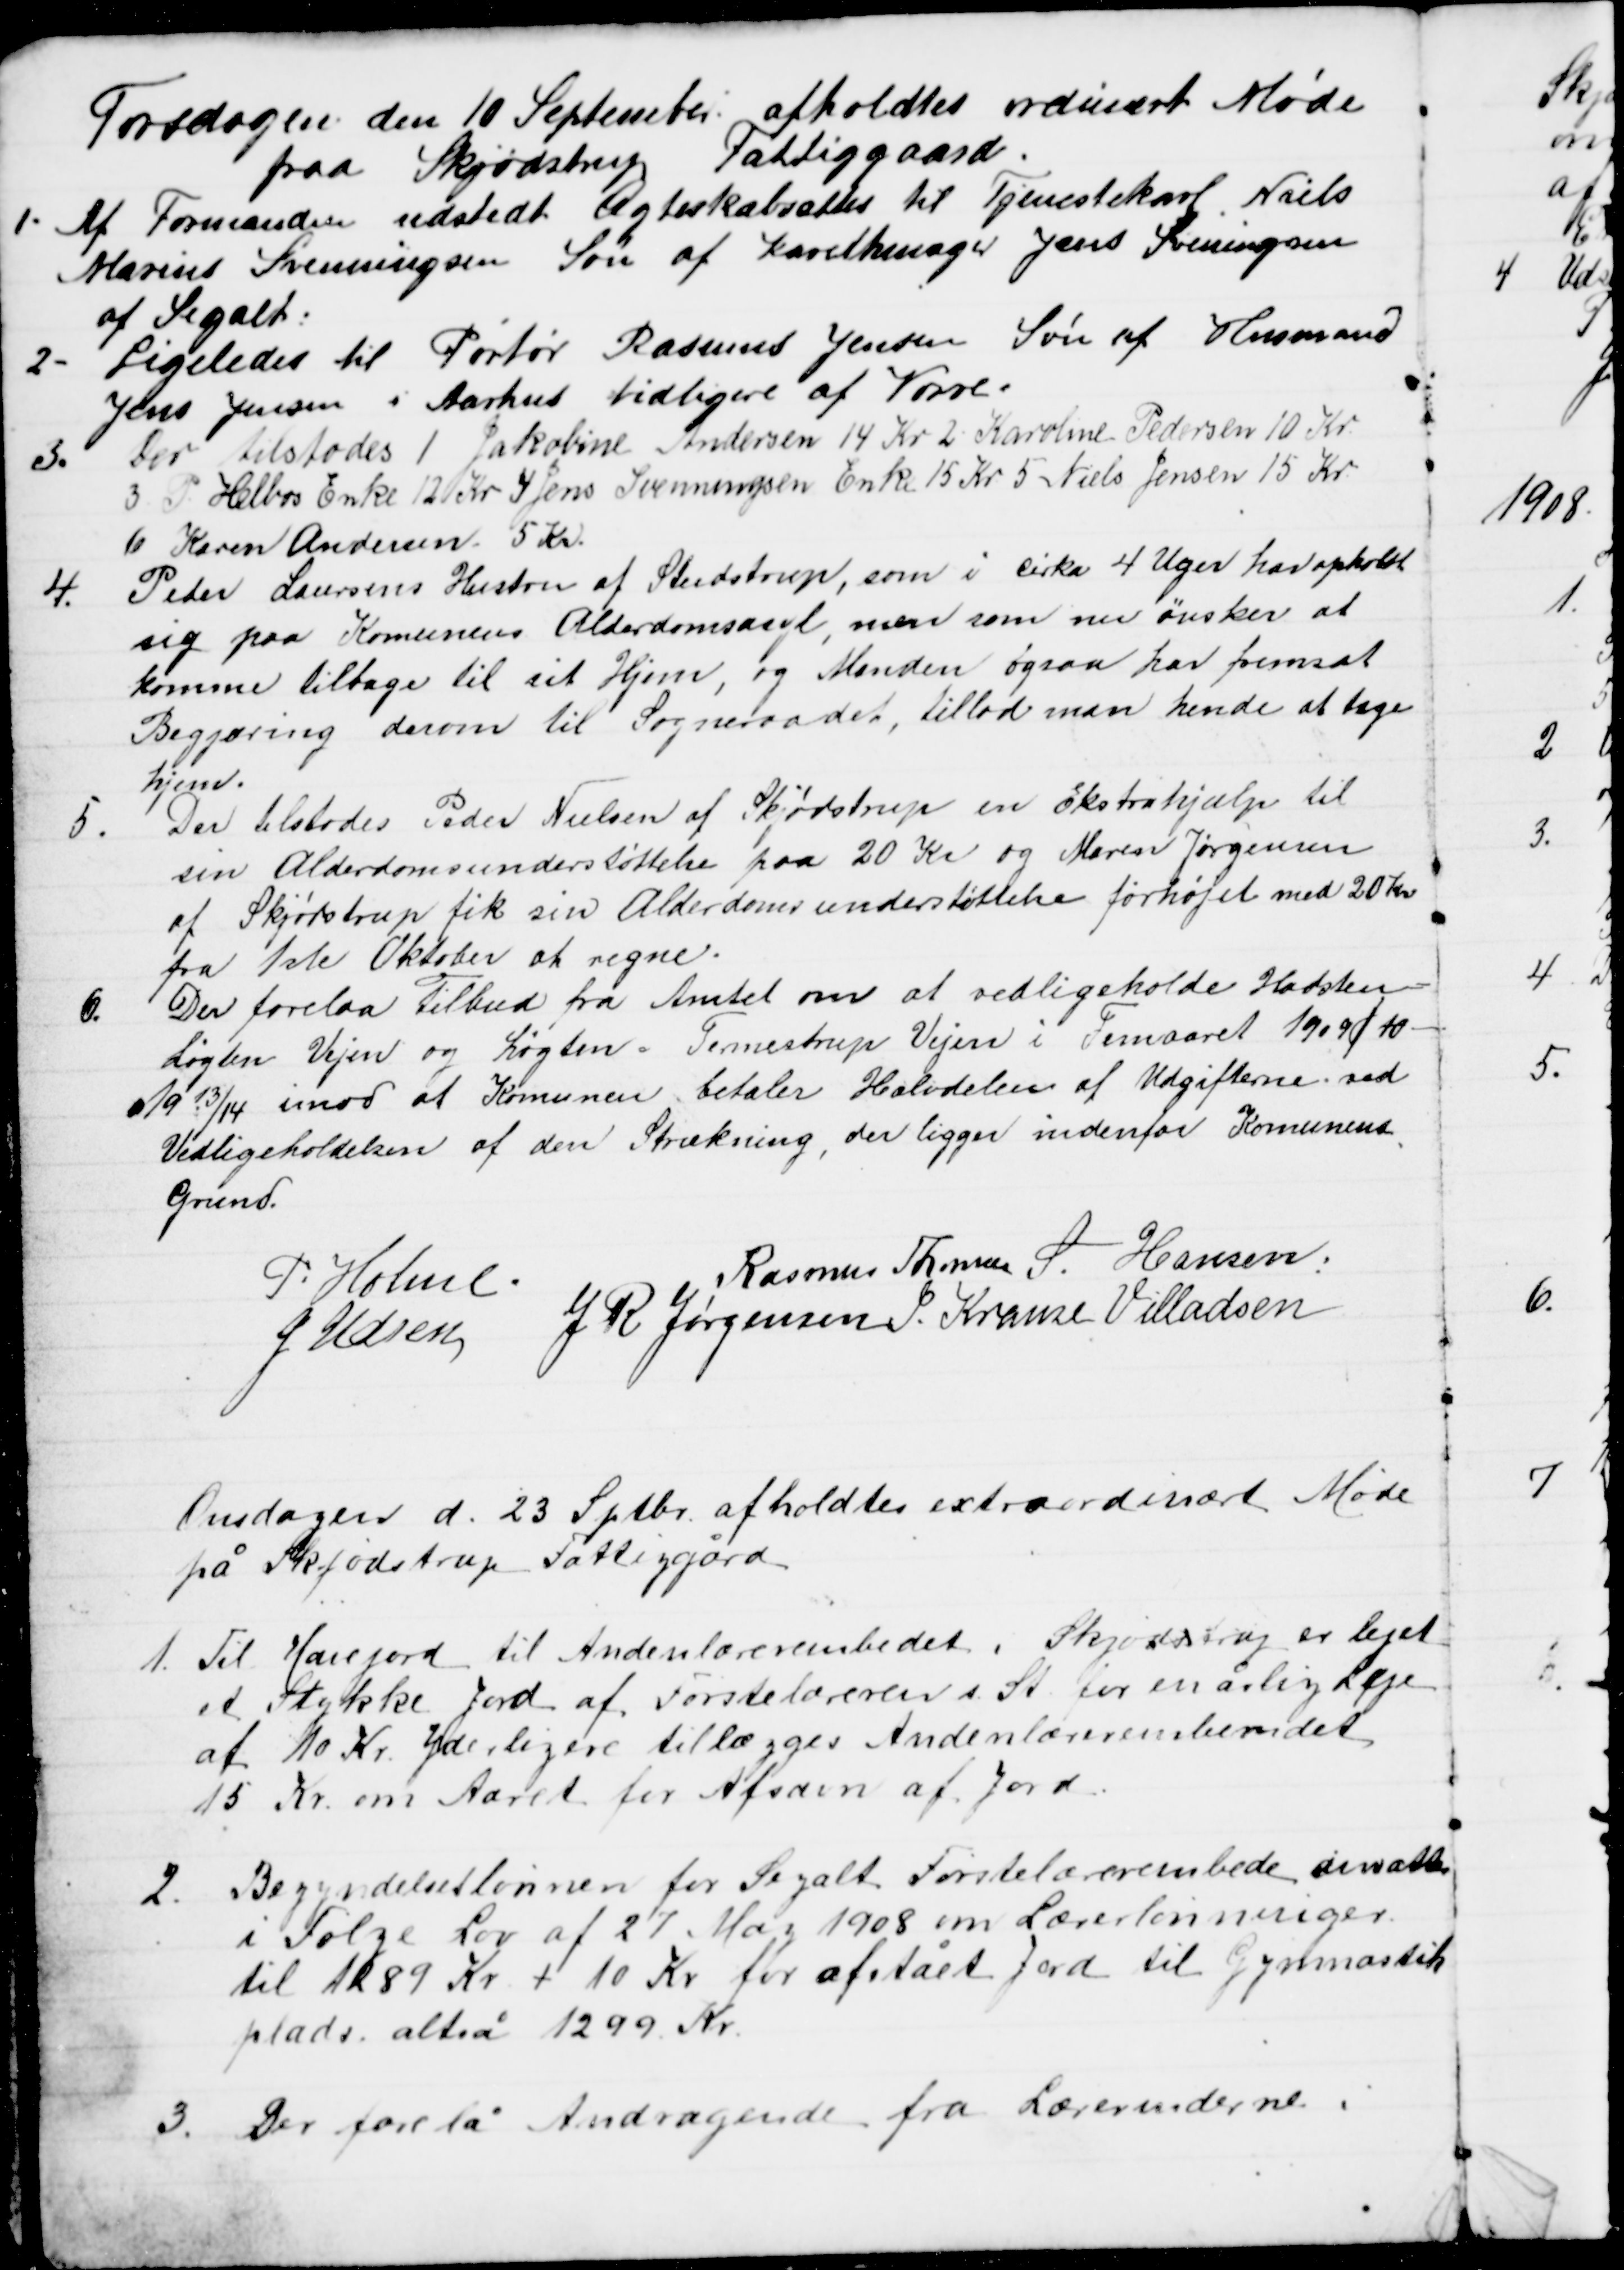
Transskription:
Torsdagen den 10 September afholdtes ordinært Møde
paa Skjødstrup Fattiggaard.
1. Af Formanden udstedt Ægteskabsattes til Tjenestekarl Niels
Marius Svenningsen Søn af Karethmager Jens Sveningsen
af Segalt.
2-
Ligeledes til Portør Rasmus Jensen Søn af Husmand
Jens Jensen i Aarhus tidligere af Vorre.
3.
Der tilstodes 1. Jakobine Andersen 14 Kr 2 Karoline Pedersen 10 Kr.
3 P. Helbos Enke 12 Kr. 4 Jens Svenningsen Enke 15 Kr. 5. Niels Jensen 15 Kr.
6 Karen Andersen 5 Kr.
4.
Peder Laursens Hustru af Studstrup, som i cirka 4 Uger har opholdt
sig paa Komunens Alderdomsasyl, men som nu ønsker at 
komme tilbage til sit Hjem, og Manden ogsaa har fremsat
Begjæring derom til Sogneraadet, tillod man hende at tage
hjem.
5.
Der tilstodes Peder Nielsen af Skjødstrup en Ekstrahjælp til
sin Alderdomsunderstøttelse paa 20 Kr og Maren Jørgensen
af Skjødstrup fik sin Alderdomsunderstøttelse forhøjet med 20 Kr
fra 1ste Oktober at regne.
6.
Der forelaa Tilbud fra Amtet om at vedligeholde Hadsten =
Løgten Vejen og Løgten = Termestrup Vejen i Femaaret 1909/10 -
1913/14 imod at Komunen betaler Halvdelen af Udgifterne ved
Vedligeholdelsen af den Strækning, der ligger indenfor Komunens
Grund.
P. Holme
Rasmus Thomsen S. Hansen
J. Udsen
J R Jørgensen J Krause Villadsen
Onsdagen d. 23 Sptbr. afholdtes extraordinært Møde
på Skjødstrup Fattiggård.
1. Til Havejord til Andenlærerembedet i Skjødstrup er lejet
et Stykke Jord af Førstelæreren i. St. for en årlig Leje
af 10 Kr. Yderligere tillægges Andenlæreremberedet
15 Kr. om Aaret for Afsavn af Jord.
2. Begyndelseslønnen for Segalt Førstelærerembede ansattes
i Følge Lov af 27 Maj 1908 om Lærerlønninger.
til 1289 Kr + 10 Kr for afstaet Jord til Gymnastik
plads. altså 1299 Kr.
3. Der forelå Andragende fra Lærerinderne.